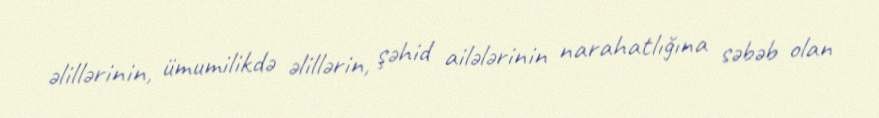
əlillərinin, ümumilikdə əlillərin, şəhid ailələrinin narahatlığına səbəb olan